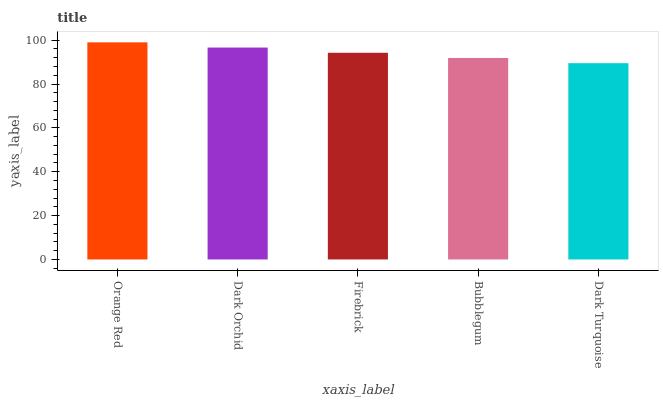
| xaxis_label | bars |
 | --- | --- |
 | Orange Red | 99 |
 | Dark Orchid | 96.6 |
 | Firebrick | 94.3 |
 | Bubblegum | 91.9 |
 | Dark Turquoise | 89.5 |